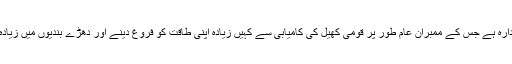
پی سی بی ایک ایسا ادارہ ہے جس کے ممبران عام طور پر قومی کھیل کی کامیابی سے کہیں زیادہ اپنی طاقت کو فروغ دینے اور دھڑے بندیوں میں زیادہ دلچسپی رکھتے ہیں۔